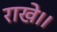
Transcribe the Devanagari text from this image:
राखे।।